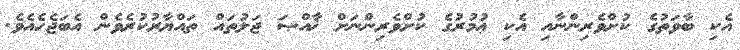
އެކި ބާވަތުގެ ކުށްވެރިންނާއި އެކި ޢުމުރުގެ ކުށްވެރިންނަށް ޚާއްޞަ ޖަލުތައް ތައްޔާރުކުރެވެން އެބަޖެހެއެވެ.